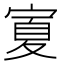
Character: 𭔆